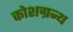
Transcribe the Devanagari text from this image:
कोशग्रन्थ